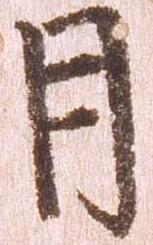
月